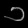
Digit: ၁